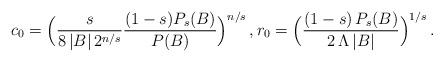
LaTeX: \begin{align*} c_0=\Big(\frac{s}{8\,|B|\,2^{n/s}}\frac{(1-s)P_s(B)}{P(B)}\Big)^{n/s}\,,r_0=\Big(\frac{(1-s)\,P_s(B)}{2\,\Lambda\,|B|}\Big)^{1/s}\,. \end{align*}